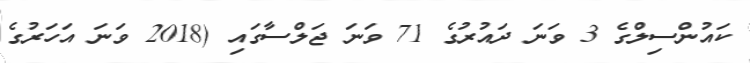
ކައުންސިލްގެ 3 ވަނަ ދައުރުގެ 71 ވަނަ ޖަލްސާގައި (2018 ވަނަ އަހަރުގެ